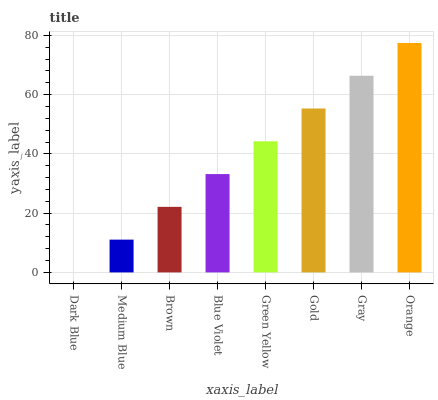
| xaxis_label | bars |
 | --- | --- |
 | Dark Blue | 0 |
 | Medium Blue | 11.1 |
 | Brown | 22.1 |
 | Blue Violet | 33.2 |
 | Green Yellow | 44.2 |
 | Gold | 55.3 |
 | Gray | 66.4 |
 | Orange | 77.4 |